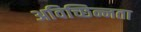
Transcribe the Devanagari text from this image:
अविच्छिन्नता